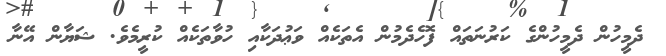
ދެމީހުން ދެމީހުންގެ ކަރުނަތައް ފޮހެދެމުން އެތަކެއް ވަޢުދަކާއި ހުވާތަކެއް ކުރީމެވެ. ޝަޔާން އޭނާ